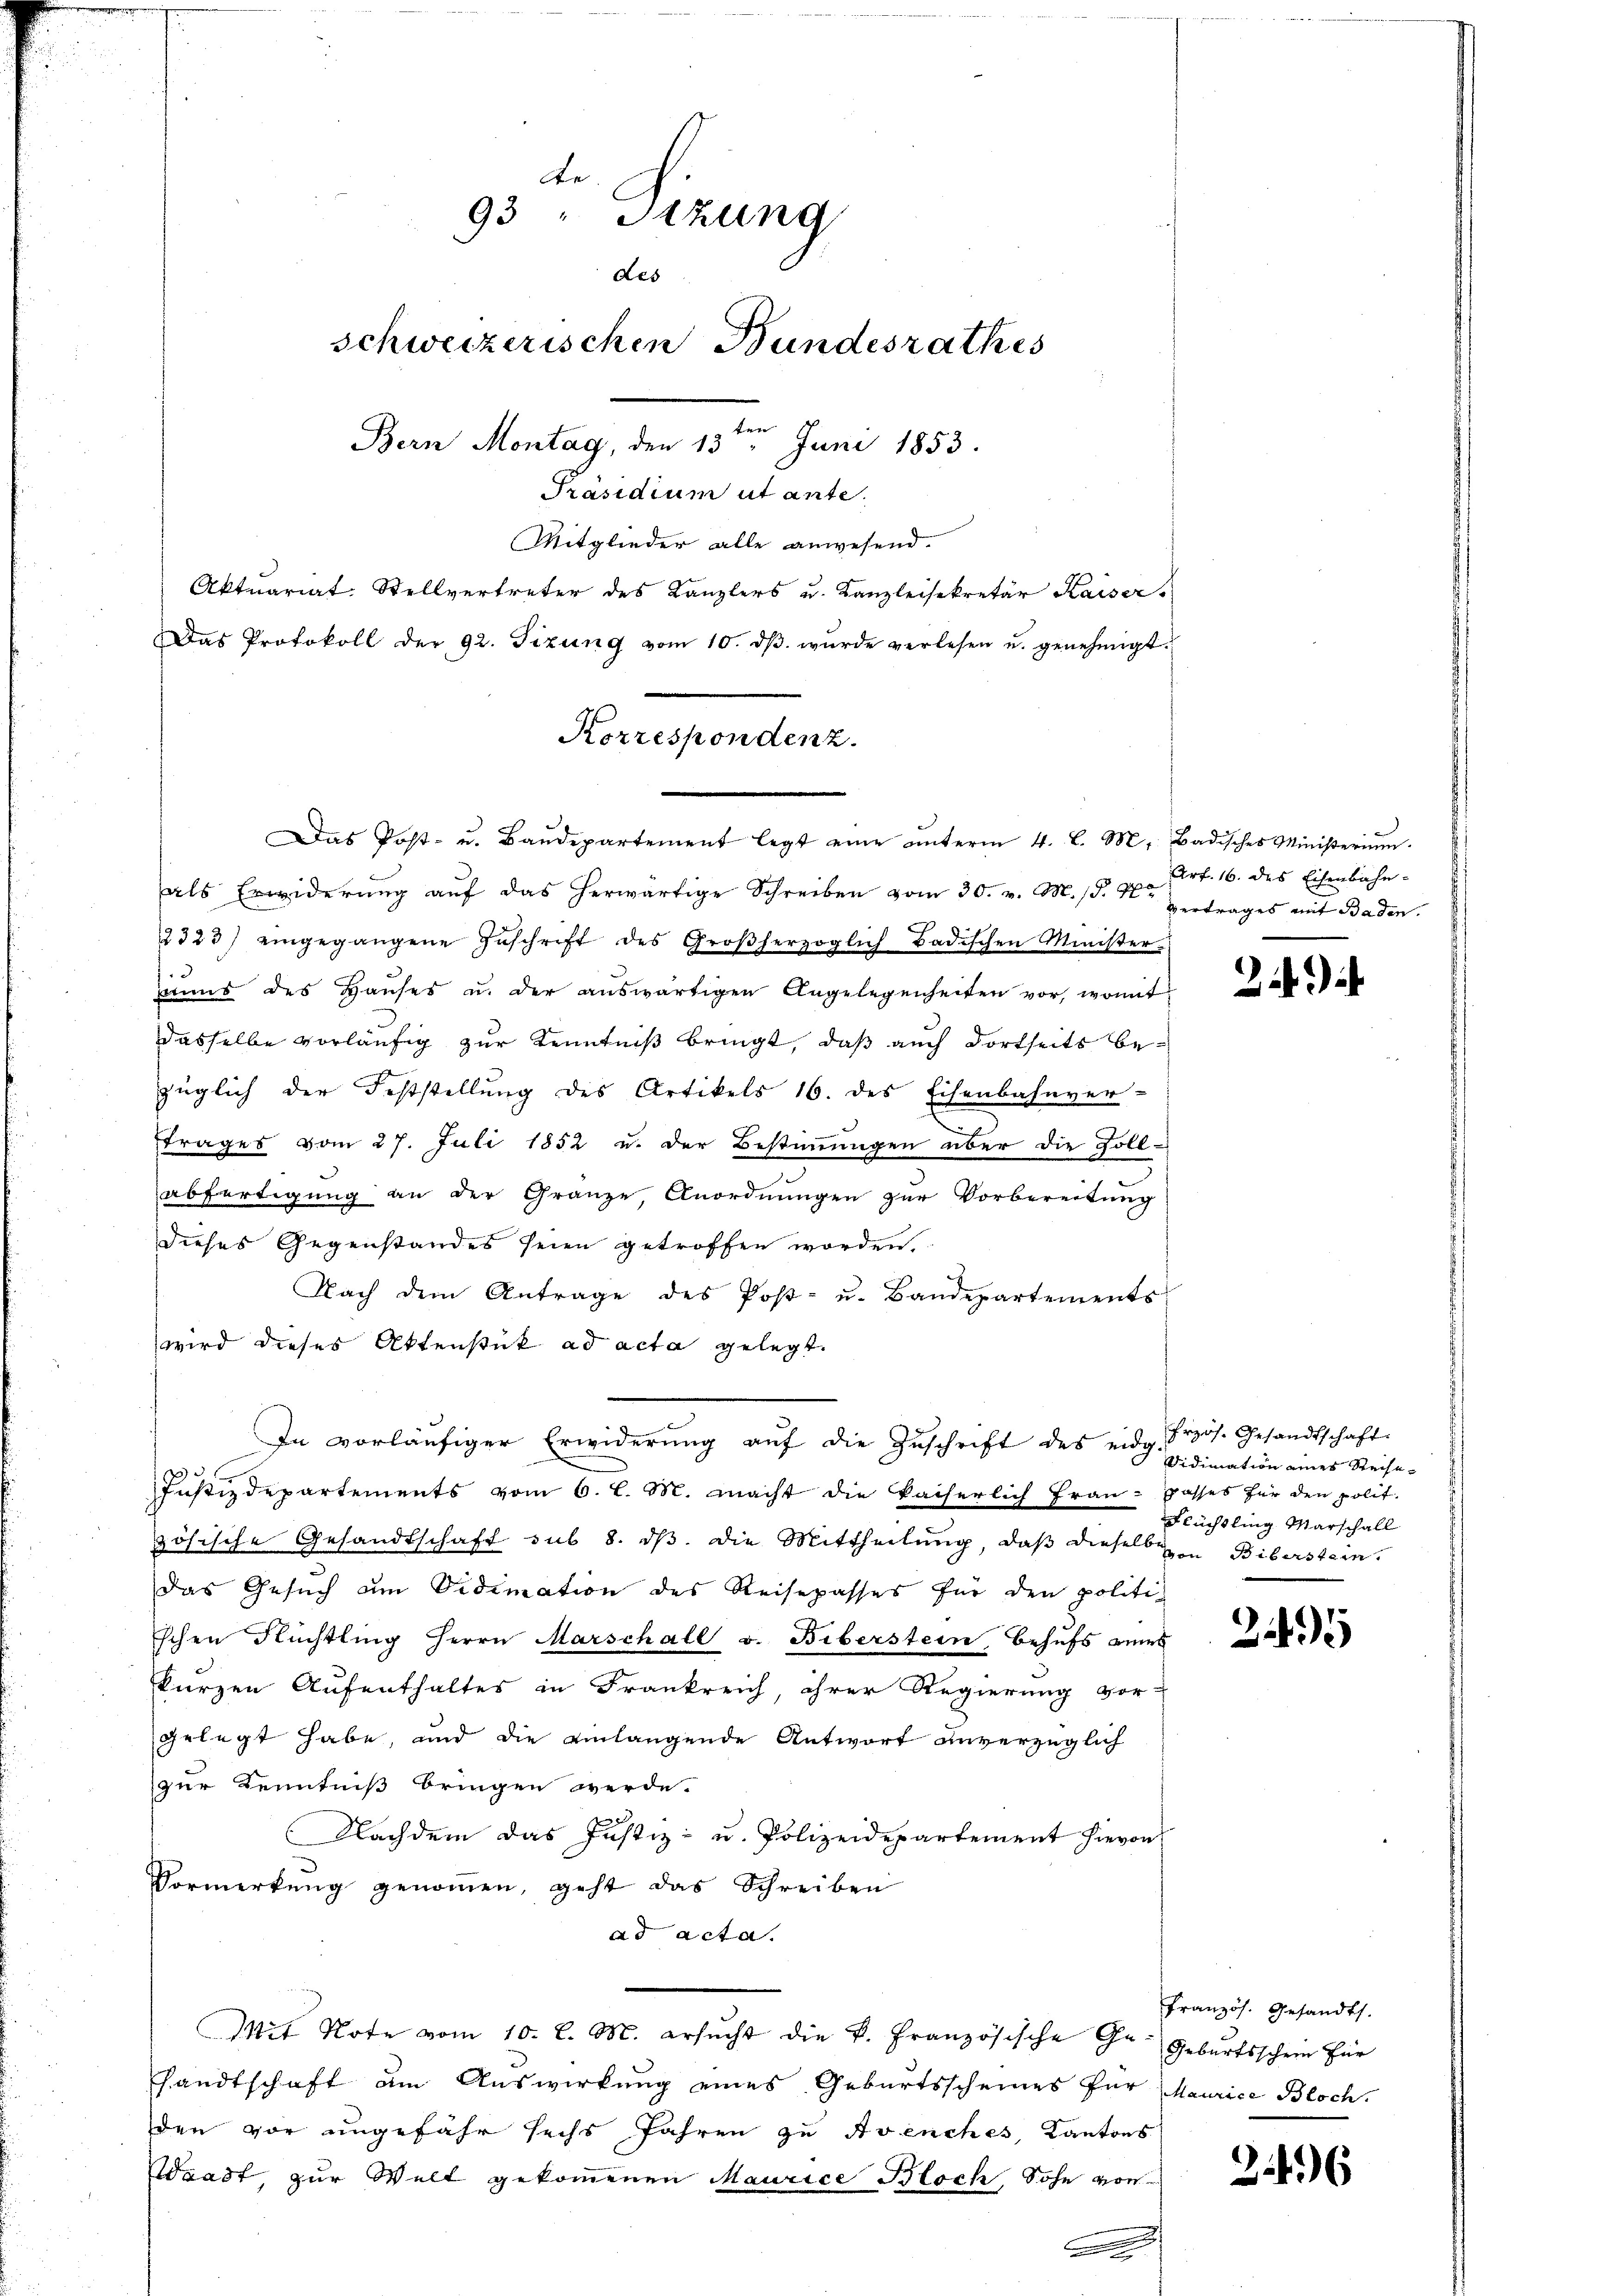
te
93 " Stzung
des
schweizerischen Bundesrathes
ten
Bern Montag, den 13. Juni 1853.
Präsidium ut ante.
Mitglieder alle anwesend.

Aktuariat. Stellvertreter des Kanzlers u. Kanzleisekretär Kaiser-
Das Protokoll der 92. Fizung vom 10. dβ wŭrde verlesen u. genehmigt.

Korrespondenz.

as Post- u. Baŭdepartement legt eine ŭnterm 4. l. M. Badisches Ministerium.
als Erwiderŭng aŭf das herwärtige Schreiben vom 30. v. M. P. Nr. Vertrages mit Baden.
2323) eingegangene Zuschrift des Großherzoglich Badischen Minister-
muns des Haŭses u. der aŭswärtigen Angelegenheiten vor, womit
dasselbe vorläufig zur Kenntniß bringt, daß auch dortseits bezüglich der Feststellŭng des Artikels 16. des Eisenbahnver-
trages vom 27. Juli 1852 u. der Bestimmungen über die Foll-
abfertigung an der Gränze, Anordnŭngen zur Vorbereitung
dieses Gegenstandes seien getroffen worden.
Nach dem Antrage des Post- u. Bandepartements
wird dieses Aktenstück ad acta gelegt.
Justizdepartements vom 6. l. M. macht die kaiserlich Frau - passes für den polit.
zösische Gesandtschaft sub 8. dβ die Mittheilung, daß dieselbe in Biberstein,
das Gesuch am Vidimation des Reisepasses für den politi-
schen Flüchtling Herrn Marschall v. Biberstein, Behufs eines
kurzen Aufenthaltes in Frankreich, ihrer Regierung vor-
gelegt habe, und die einlangende Antwort unverzüglich
zur Kenntniß bringen werde.
Nachdem das Justiz- u. Polizeidepartement hievon
Vormerkŭng genommen, geht das Schreiben
ad acta.
Mit Note vom 10. l. M. ersŭcht die k. Französische Ge- Gebŭrtsschein für
sandtschaft am Auswirkung eines Geburtsscheines für Maurice Bloch.
den vor ungefähr sechs Jahren zu Avenches, Kantons
Waadt, zur Welt gekommenen Maurice Bloch, Sohn von

In vorläŭfiger Erwiderŭng aŭf die Zŭschrift des eidg. Frzös. Gesandtschaft

Art. 16. des Eisenbahn-

Vidimation eines Reise¬
Flüchtling Marschall

2

Französ. Gesandts.

3496